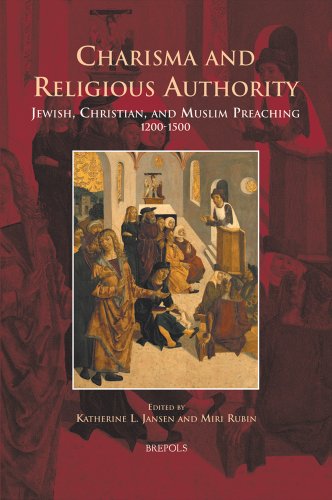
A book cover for Charisma and Religious Authority: Jewish, Christian, and Muslim Preaching, 1200-1500 (EUROPA SACRA); Religion & Spirituality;